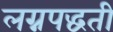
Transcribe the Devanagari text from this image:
लग्नपद्धती